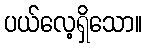
ပယ်လေ့ရှိသော။